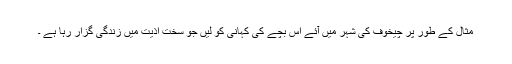
مثال کے طور پر چیخوف کی شہر میں آئے اس بچّے کی کہانی کو لیں جو سخت اذیّت میں زندگی گزار رہا ہے ۔